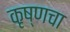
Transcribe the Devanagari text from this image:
कृष्णचा